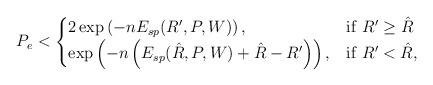
LaTeX: \begin{align*}P_e < \begin{cases}2 \exp\left(-n E_{sp}(R',P,W)\right), & \mathrm{if \ } R' \ge \hat{R} \\\exp\left(-n \left(E_{sp}(\hat{R},P,W)+\hat{R}-R'\right)\right), & \mathrm{if \ } R' < \hat{R} ,\end{cases}\end{align*}